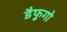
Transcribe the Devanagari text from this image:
डैफुगो